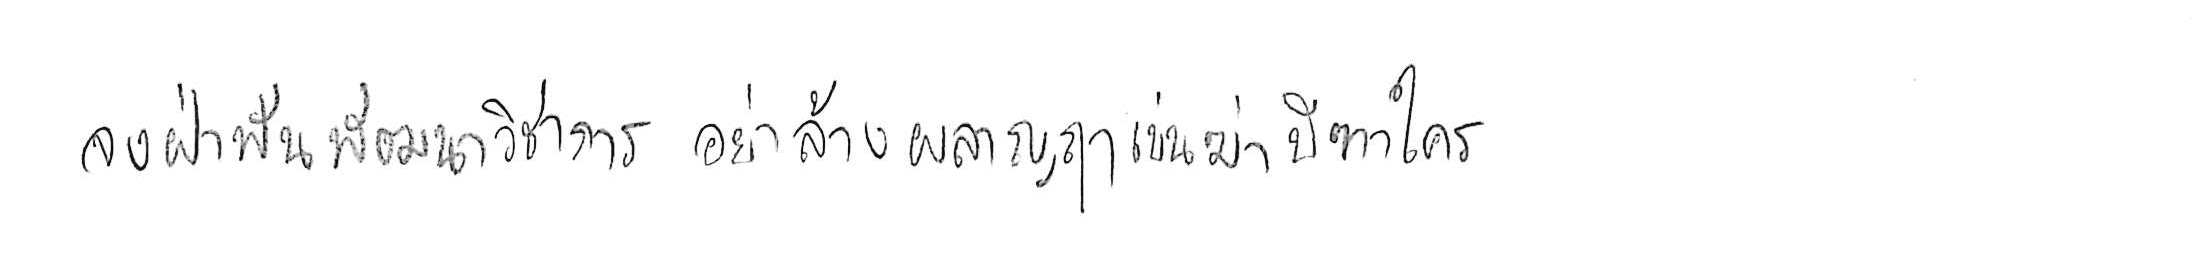
จงฝ่าฟันพัฒนาวิชาการ อย่าล้างผลาญฤๅเข่นฆ่าบีฑาใคร